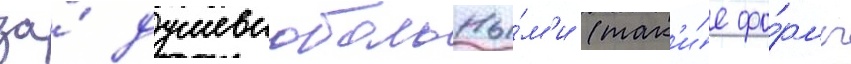
за́ душевнобольны́м'и (так'и́е фо́рмы